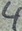
Text: 4